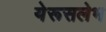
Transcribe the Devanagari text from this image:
येरूसलेभ